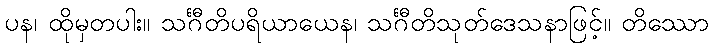
ပန၊ ထိုမှတပါး။ သင်္ဂီတိပရိယာယေန၊ သင်္ဂီတိသုတ်ဒေသနာဖြင့်။ တိဿော